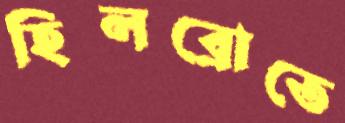
হিলব্রোতে